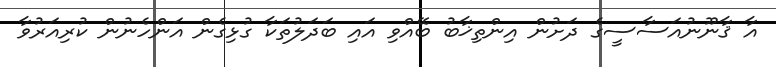
އާ ޤާނޫނުއަސާސީގެ ދަށުން އިންތިޚާބު ބޭއްވި އައި ބަދަލުތަކާ ގުޅިގެން އަންހެނުން ކުރިއަރުވާ